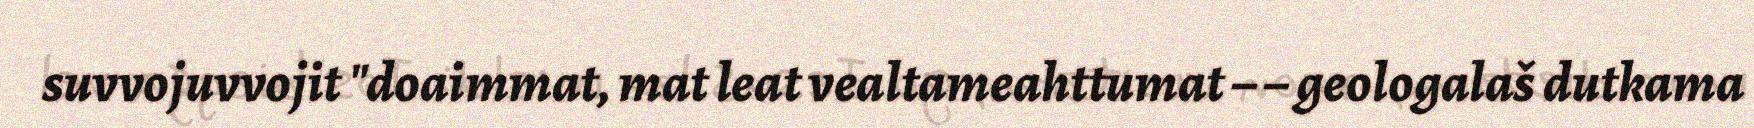
suvvojuvvojit "doaimmat, mat leat vealtameahttumat – – geologalaš dutkama